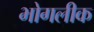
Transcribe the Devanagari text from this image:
भोगलीक